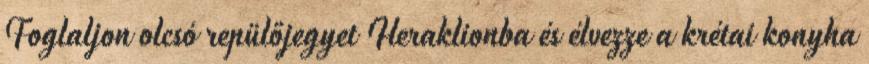
Foglaljon olcsó repülőjegyet Heraklionba és élvezze a krétai konyha